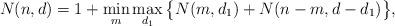
LaTeX: \begin{align*}N(n,d) = 1 + \min_m \max_{d_1} \big\lbrace N(m,d_1) + N(n-m,d-d_1)\big\rbrace,\end{align*}